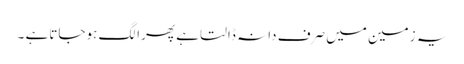
یہ زمین میں صرف دانہ ڈالتا ہے پھرا لگ ہوجاتاہے ۔